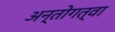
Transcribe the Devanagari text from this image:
अन्तोगत्वा